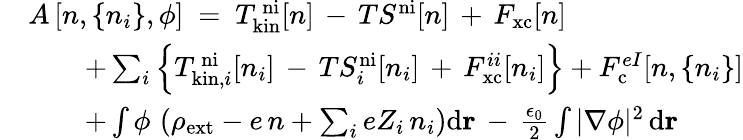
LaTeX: \begin{array}{rl}&{A\left[n,\{ n_{i}\} ,\phi\right]\ =\ T_{\mathrm{kin}}^{\mathrm{\, ni}}[n]\, -\, TS^{\mathrm{ni}}[n]\, +\, F_{\mathrm{xc}}[n]}\\ &{\qquad+\sum_{i}\left\{ T_{\mathrm{kin},i}^{\mathrm{\, ni}}[n_{i}]\, -\, TS_{i}^{\mathrm{ni}}[n_{i}]\, +\, F_{\mathrm{xc}}^{ii}[n_{i}]\right\} +F_{\mathrm{c}}^{eI}[n,\{ n_{i}\} ]}\\ &{\qquad+\int\phi\, \left(\rho_{\mathrm{ext}}-e\, n+\sum_{i}eZ_{i}\, n_{i}\right)\mathrm{d}\mathbf{r}\, -\, \frac{\epsilon_{0}}{2}\int|\nabla\phi|^{2}\, \mathrm{d}\mathbf{r}}\end{array}